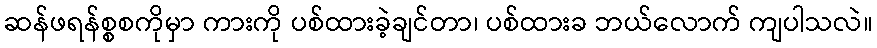
ဆန်ဖရန်စ္စစကိုမှာ ကားကို ပစ်ထားခဲ့ချင်တာ၊ ပစ်ထားခ ဘယ်လောက် ကျပါသလဲ။